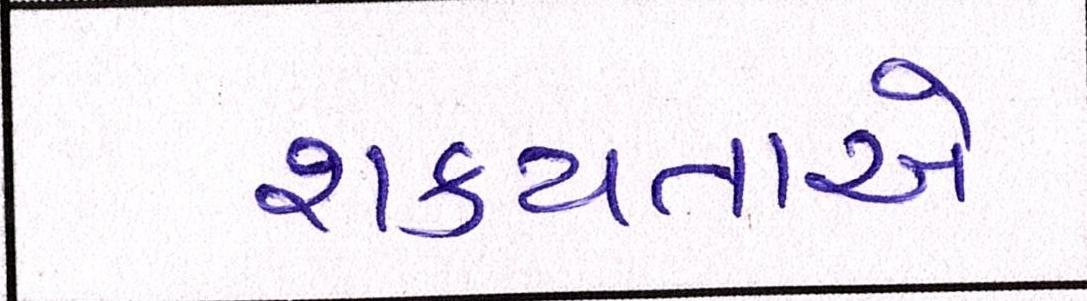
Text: શક્યતાએ